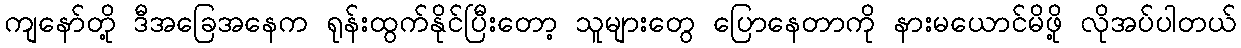
ကျနော်တို့ ဒီအခြေအနေက ရုန်းထွက်နိုင်ပြီးတော့ သူများတွေ ပြောနေတာကို နားမယောင်မိဖို့ လိုအပ်ပါတယ်